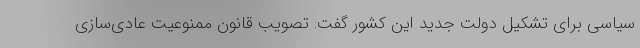
سیاسی برای تشکیل دولت جدید این کشور گفت: تصویب قانون ممنوعیت عادی‌سازی